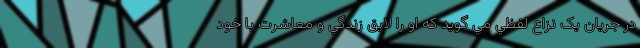
در جريان يک نزاع لفظي مي گويد که او را لايق زندگي و معاشرت با خود